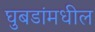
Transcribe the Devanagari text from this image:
घुबडांमधील